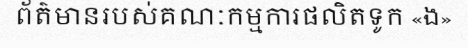
ព័ត៌មានរបស់គណៈកម្មការផលិតទូក «ង»